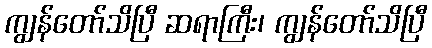
ကျွန်တော်သိပြီ ဆရာကြီး၊ ကျွန်တော်သိပြီ